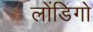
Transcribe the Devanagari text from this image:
लोंडिगो